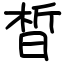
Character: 晳